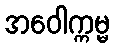
အဝေါက္ကမ္မ